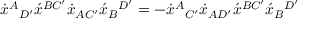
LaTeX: \dot { x } ^ { A } { } _ { D ^ { \prime } } \acute { x } ^ { B C ^ { \prime } } \dot { x } _ { A C ^ { \prime } } \acute { x } _ { B } { } ^ { D ^ { \prime } } = - \dot { x } ^ { A } { } _ { C ^ { \prime } } \dot { x } _ { A D ^ { \prime } } \acute { x } ^ { B C ^ { \prime } } \acute { x } _ { B } { } ^ { D ^ { \prime } }